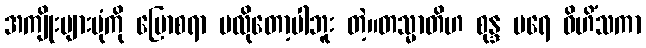
အကျိုးများပုံကို ပြောစရာ မလိုတော့ပါဘူး တဲ့။တသ္မာတိဟ စုန္ဒ ပရေ ဝိဟိံသကာ